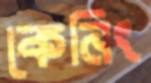
কেনিং